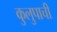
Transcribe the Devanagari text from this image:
कुलुपाची